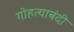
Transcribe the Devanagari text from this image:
गोहत्याबंदी